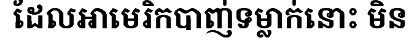
ដែលអាមេរិកបាញ់ទម្លាក់នោះ មិន